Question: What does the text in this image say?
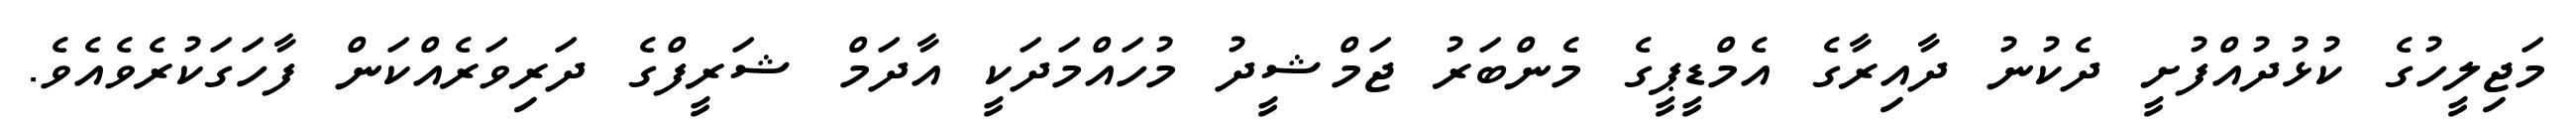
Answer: މަޖިލީހުގެ ކުޅުދުއްފުށީ ދެކުނު ދާއިރާގެ އެމްޑީޕީގެ މެންބަރު ޖަމްޝީދު މުހައްމަދަކީ އާދަމް ޝަރީފްގެ ދަރިވަރެއްކަން ފާހަގަކުރެވެއެވެ.